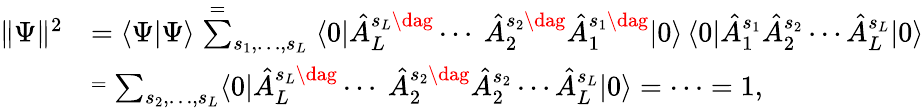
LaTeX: \begin{array}{rl}{\| \Psi\| ^{2}}&{\textstyle=\langle\Psi|\Psi\rangle\stackrel{=}\sum_{s_{1},\dotsc,s_{L}}\langle 0|\hat{A}_{L}^{s_{L}\dag}\dotsb\ \hat{A}_{2}^{s_{2}\dag}\hat{A}_{1}^{s_{1}\dag}|0\rangle\, \langle 0|\hat{A}_{1}^{s_{1}}\hat{A}_{2}^{s_{2}}\dotsb\hat{A}_{L}^{s_{L}}|0\rangle}\\ &{\stackrel{=}\textstyle\sum_{s_{2},\dotsc,s_{L}}\langle 0|\hat{A}_{L}^{s_{L}\dag}\dotsb\ \hat{A}_{2}^{s_{2}\dag}\hat{A}_{2}^{s_{2}}\dotsb\hat{A}_{L}^{s_{L}}|0\rangle=\dots=1,}\end{array}